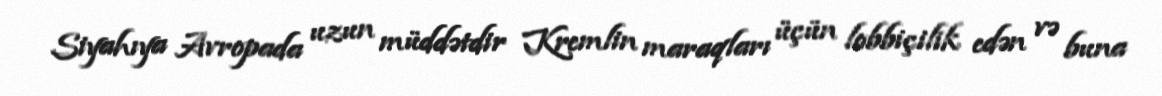
Siyahıya Avropada uzun müddətdir Kremlin maraqları üçün lobbiçilik edən və buna